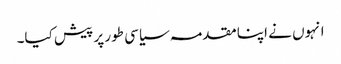
انہوں نے اپنا مقدمہ سیاسی طور پر پیش کیا۔